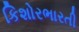
કિશોરભારતી